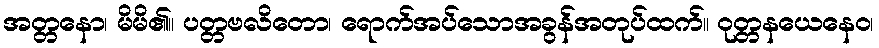
အတ္တနော၊ မိမိ၏။ ပတ္တဗလိတော၊ ရောက်အပ်သောအခွန်အတုပ်ထက်။ ဝုတ္တနယေနေဝ၊